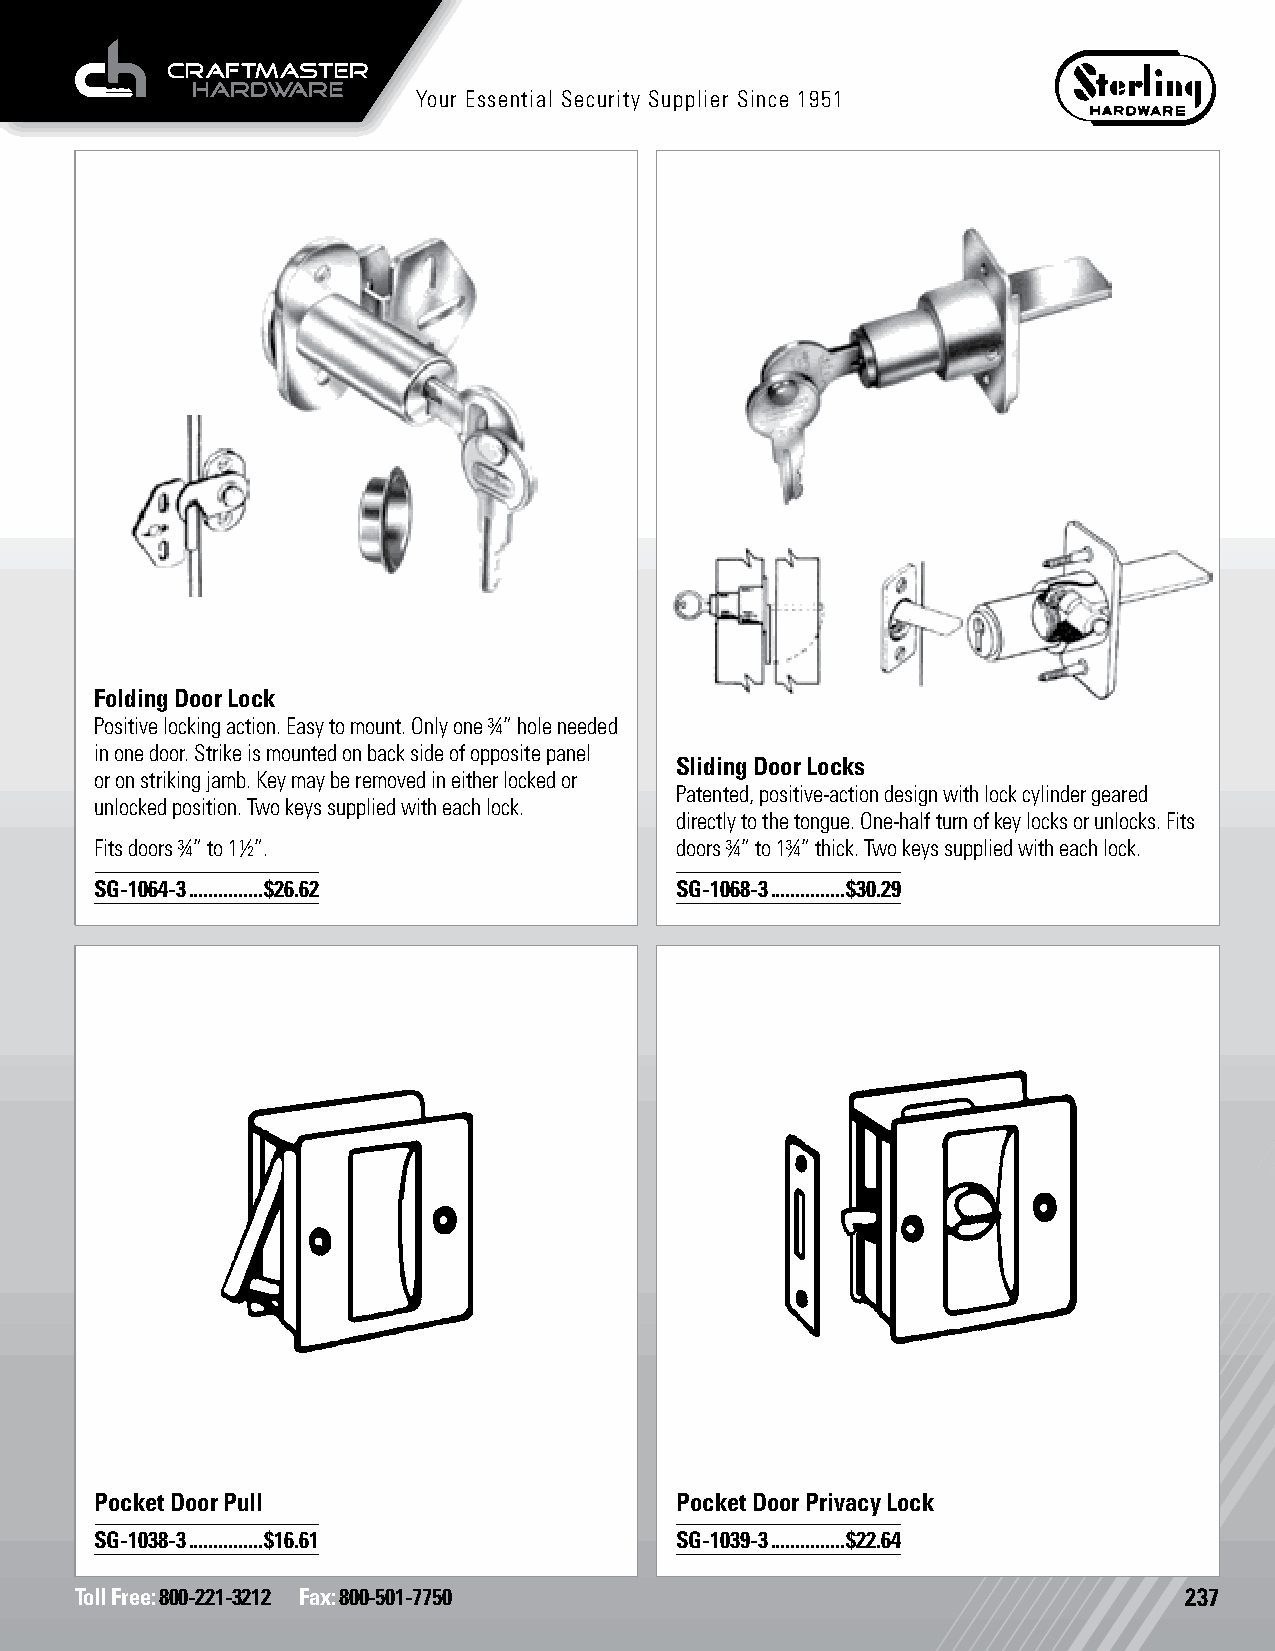
Your Essential Security Supplier Since 1951
 Folding Door Lock
 Positive locking action. Easy to mount. Only one ¾” hole needed
 in one door. Strike is mounted on back side of opposite panel
 Sliding Door Locks
 or on striking jamb. Key may be removed in either locked or
 Patented, positive-action design with lock cylinder geared
 unlocked position. Two keys supplied with each lock.
 directly to the tongue. One-half turn of key locks or unlocks. Fits
 Fits doors ¾” to 1½”.                  doors ¾” to 1¾” thick. Two keys supplied with each lock.
 SG-1064-3 ...............$26.62        SG-1068-3 ...............$30.29
 Pocket Door Pull Pocket Door Locks     Pocket Door Privacy Lock Pocket Door Locks
 SG-1038-3 ...............$16.61        SG-1039-3 ...............$22.64
 Toll Free: 800-221-3212 Fax: 800-501-7750                                237